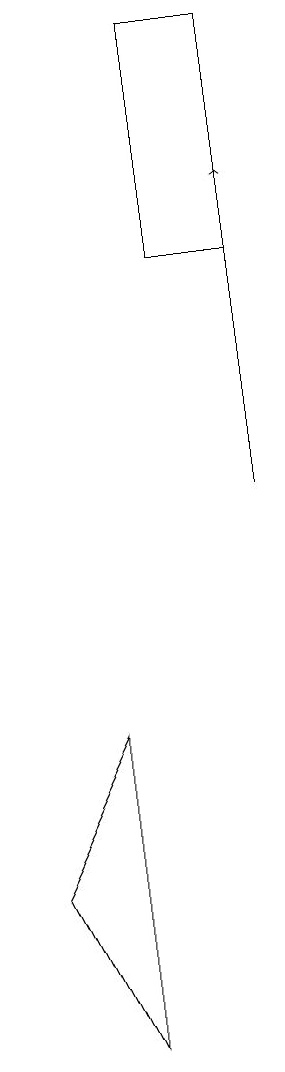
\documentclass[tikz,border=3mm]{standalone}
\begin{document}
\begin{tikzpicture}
\draw (2,5) -- (3,7) -- (3,3) -- cycle;
\draw[->] (5,10) -- (5,14);
\draw (4,16) rectangle (5,13);
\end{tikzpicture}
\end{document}